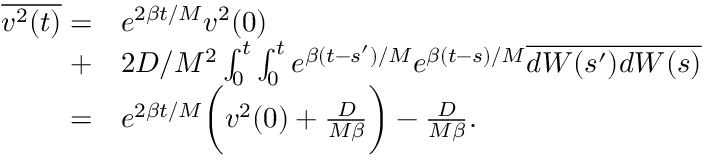
\begin{array} { r l } { \overline { { v ^ { 2 } ( t ) } } = } & { e ^ { 2 \beta t / M } v ^ { 2 } ( 0 ) } \\ { + } & { 2 D / M ^ { 2 } \int _ { 0 } ^ { t } \int _ { 0 } ^ { t } e ^ { \beta ( t - s ^ { \prime } ) / M } e ^ { \beta ( t - s ) / M } \overline { { d W ( s ^ { \prime } ) d W ( s ) } } } \\ { = } & { e ^ { 2 \beta t / M } \bigg ( v ^ { 2 } ( 0 ) + \frac { D } { M \beta } \bigg ) - \frac { D } { M \beta } . } \end{array}